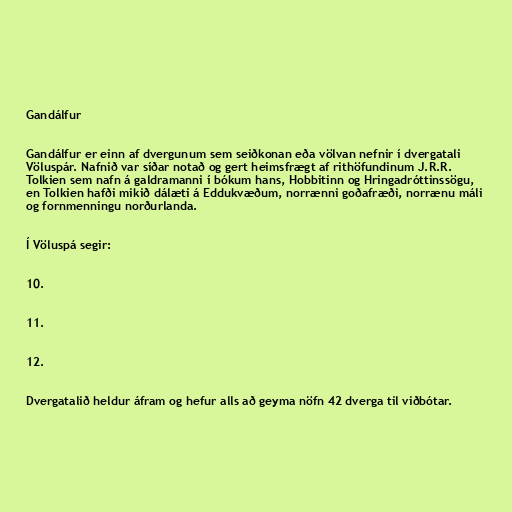
Gandálfur

Gandálfur er einn af dvergunum sem seiðkonan eða völvan nefnir í dvergatali
Völuspár. Nafnið var síðar notað og gert heimsfrægt af rithöfundinum J.R.R.
Tolkien sem nafn á galdramanni í bókum hans, Hobbitinn og Hringadróttinssögu,
en Tolkien hafði mikið dálæti á Eddukvæðum, norrænni goðafræði, norrænu máli
og fornmenningu norðurlanda.

Í Völuspá segir:

10.

11.

12.

Dvergatalið heldur áfram og hefur alls að geyma nöfn 42 dverga til viðbótar.